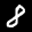
Label: 8